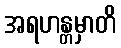
အရဟန္တမှာတိ